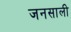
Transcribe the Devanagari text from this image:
जनसाली